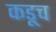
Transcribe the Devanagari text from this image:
कडूच